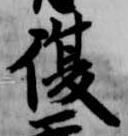
復